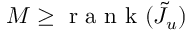
M \ge \mathrm { ~ r ~ a ~ n ~ k ~ } ( \tilde { J } _ { u } )